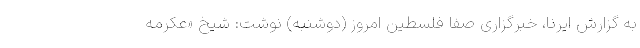
به گزارش ایرنا، خبرگزاری صفا فلسطین امروز (دوشنبه) نوشت: شیخ «عکرمه